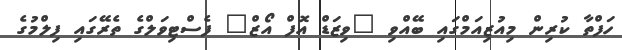
ހަފްތާ ކުރިން މިއުޒިއަމްގައި ބޭއްވި "ވިޒަޑް އޮފް އޯޒް" ފެސްޓިވަލްގެ ތެރޭގައި ފިލްމުގެ